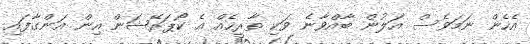
އެހެން ނަމަވެސް އަލުން ބާއްވާނެ ވަކި ތާރީހެއް އެ ކޯޕަރޭޝަން އިން އަންގާފައި